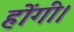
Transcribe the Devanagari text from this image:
होंगीं।